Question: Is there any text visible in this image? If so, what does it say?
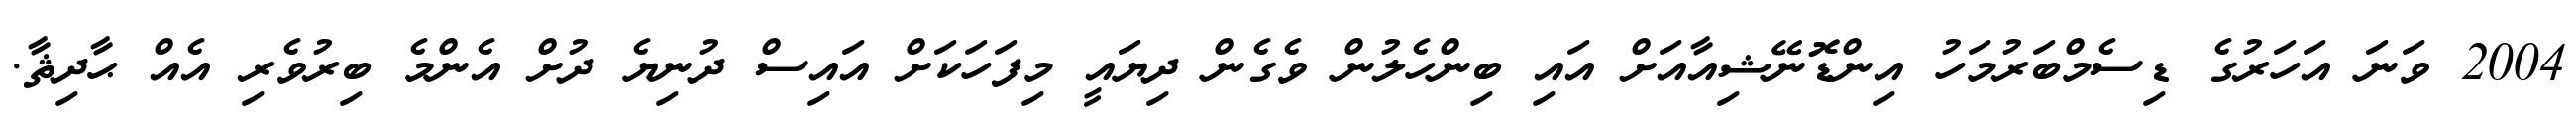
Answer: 2004 ވަނަ އަހަރުގެ ޑިސެމްބަރުމަހު އިންޑޮނޭޝިއާއަށް އައި ބިންހެލުން ވެގެން ދިޔައީ މިފަހަކަށް އައިސް ދުނިޔެ ދުށް އެންމެ ބިރުވެރި އެއް ޙާދިޘާ.